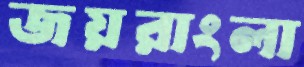
জয়রাংলা